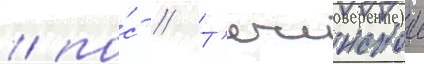
/ по́с // Т'ечинскои